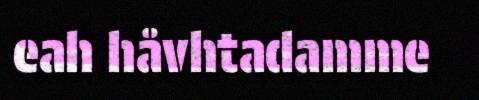
eah håvhtadamme